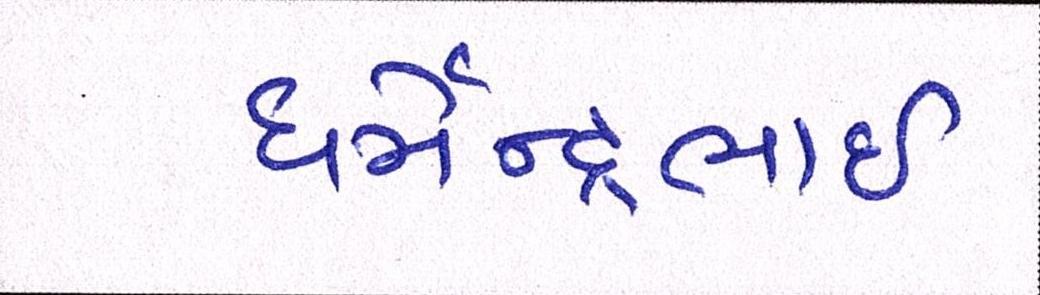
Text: ધર્મેન્દ્રભાઇ